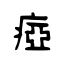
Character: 瘂